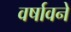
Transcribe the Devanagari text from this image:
वर्षावने